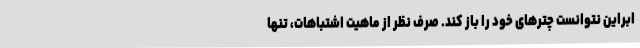
ابراین نتوانست چترهای خود را باز کند. صرف نظر از ماهیت اشتباهات، تنها